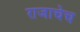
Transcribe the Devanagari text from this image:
राजाचेच